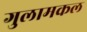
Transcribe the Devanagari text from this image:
गुलामकल